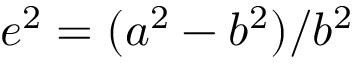
e ^ { 2 } = ( a ^ { 2 } - b ^ { 2 } ) / b ^ { 2 }